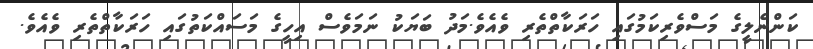
ކަންނެލީގެ މަސްވެރިކަމުގައި ހަރަކާތްތެރި ވެއެވެ.މަދު ބަޔަކު ނަމަވެސް އިހީގެ މަސައްކަތުގައި ހަރަކާތްތެރި ވެއެވެ.